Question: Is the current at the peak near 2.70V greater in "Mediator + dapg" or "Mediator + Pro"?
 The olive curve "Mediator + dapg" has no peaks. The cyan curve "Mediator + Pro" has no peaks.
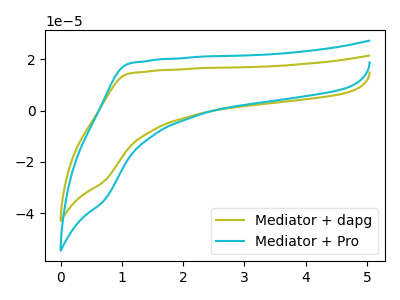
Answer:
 <answer>"Mediator + dapg" and "Mediator + Pro" dont share a peak at 2.70V.</answer>
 <eval>mismatch</eval>